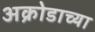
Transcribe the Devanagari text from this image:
अक्रोडाच्या